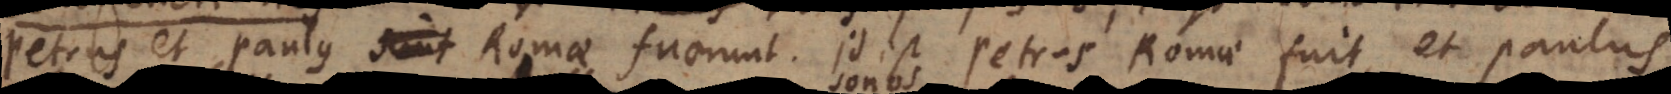
Petrus et Paulus Romae fuerunt. Id est Petrus Romae fuit, et Paulus